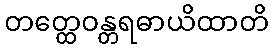
တတ္ထေဝန္တရဓာယိထာတိ